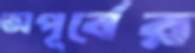
অপূর্বের